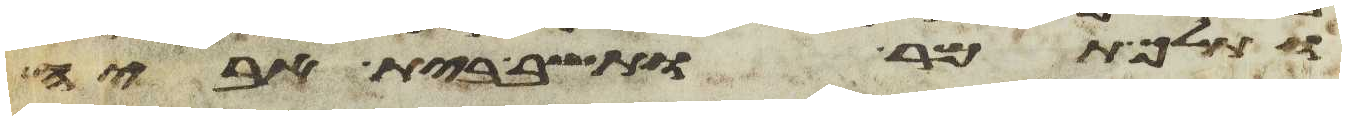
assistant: ותלך תמר ותשב בית אביה